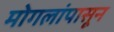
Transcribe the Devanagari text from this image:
मोगलांपासून